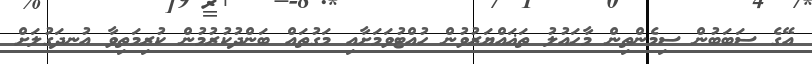
އޭގެ ސަބަބުން ސިމެންތިން މާހައުލު ތަޣައްޔަރުވުން ހުއްޓުވަމަށާއި މަގުތައް ބަންދުކުރުމުން ކުރިމަތިވާ އުނދަގުލަށް